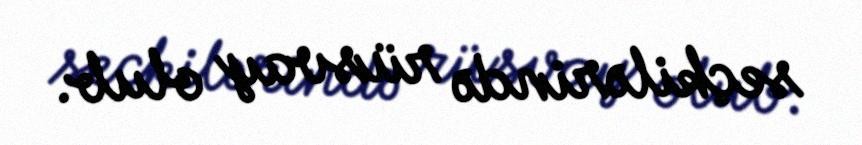
seçkilərində rüsvay olub.